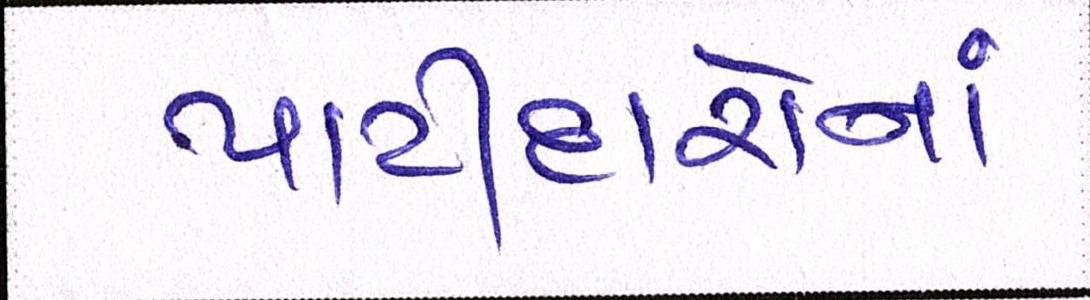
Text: પાટીદારોનાં